NAE_EAOK_eestikeelsed_sunnimeetrikad, lk 197
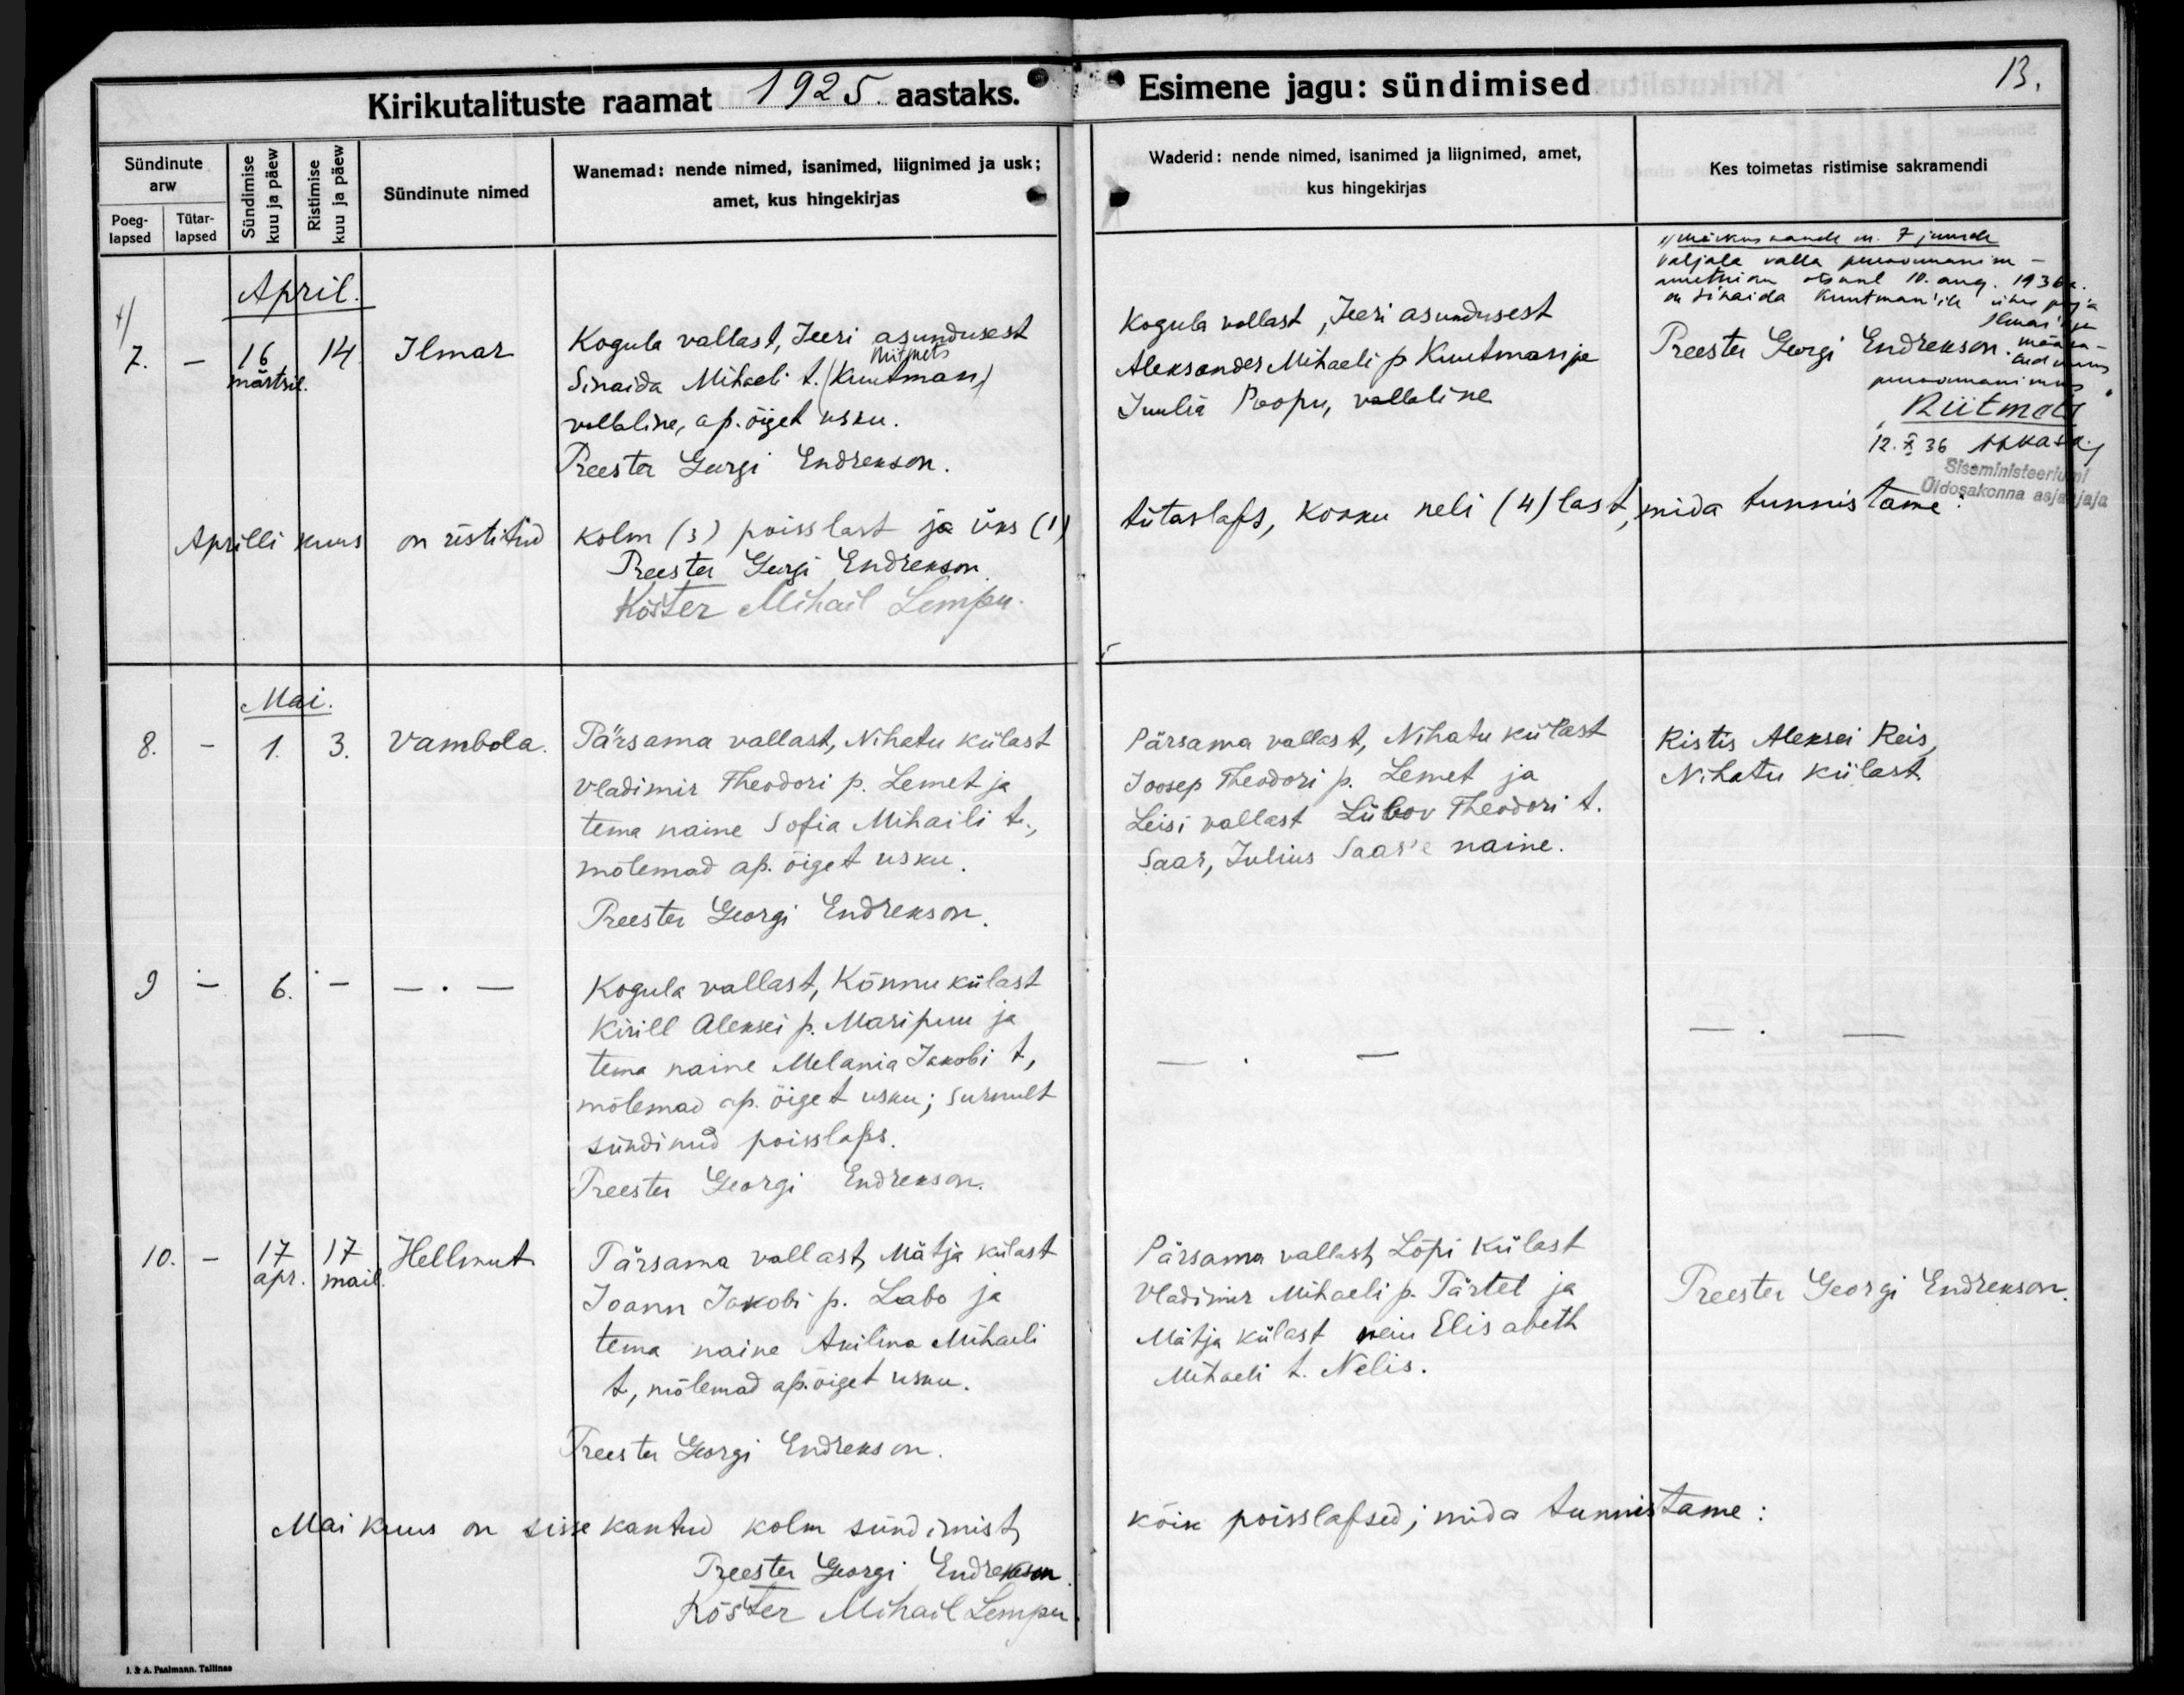
Ilmar

Vambola

-

Hellmut

Kogula vallast, Jeeri asundusest
Niitmets
Sinaida Mihaeli t. /Kuutman/
vallaline, ap. õiget usku.

Pärsama vallast, Nihetu külast
Vladimir Theodori p. Lemet ja
tema naine Sofia Mihaili t.,
mõlemad ap. õiget usku.

Kogula vallast, Kõnnu külast
Kirill Aleksei p. Maripuu ja
tema naine Melania Jakobi t,
mõlemad ap. õiget usku; surnult
sündinud poisslaps.

Pärsama vallast, Mätja külast
Joann Jakobi p. Labo ja
tema naine Akilina Mihaili
t, mõlemad ap. õiget usku.